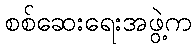
စစ်ဆေးရေးအဖွဲ့က